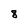
Character: 8